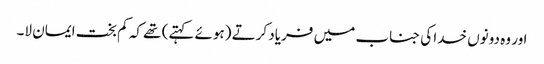
اور وہ دونوں خدا کی جناب میں فریاد کرتے (ہوئے کہتے) تھے کہ کم بخت ایمان لا۔